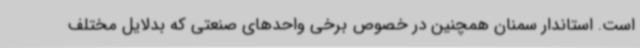
است.‌ استاندار سمنان همچنین در خصوص برخی واحدهای صنعتی که بدلایل مختلف